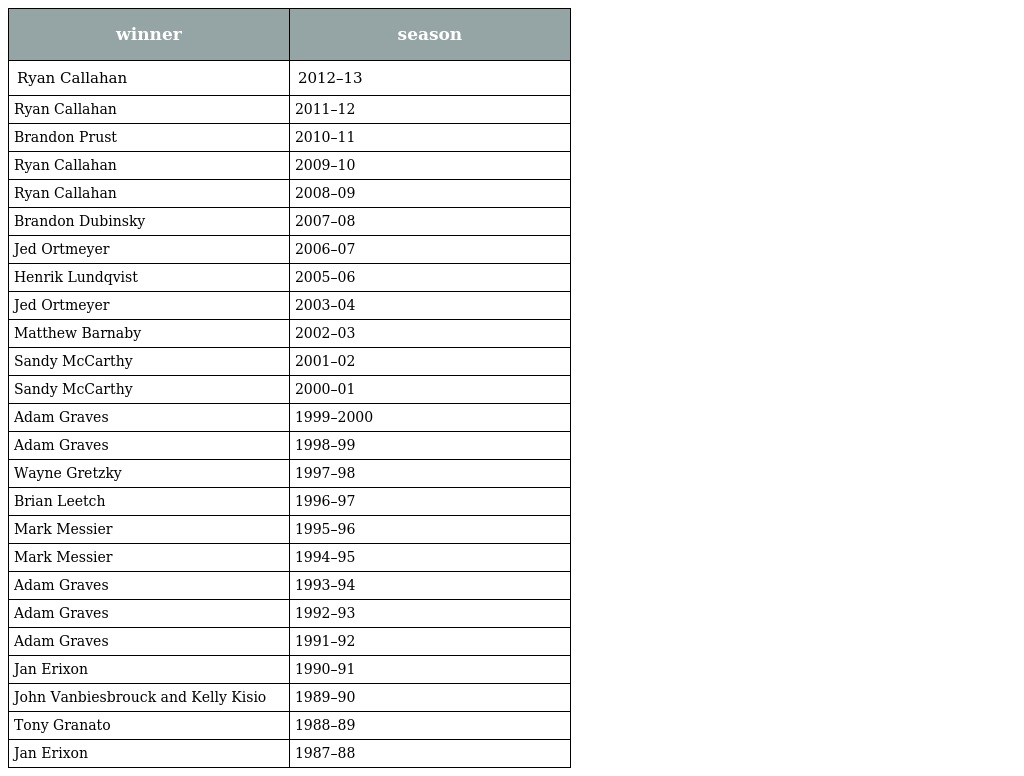
| winner | season |
 | --- | --- |
 | Ryan Callahan | 2012–13 |
 | Ryan Callahan | 2011–12 |
 | Brandon Prust | 2010–11 |
 | Ryan Callahan | 2009–10 |
 | Ryan Callahan | 2008–09 |
 | Brandon Dubinsky | 2007–08 |
 | Jed Ortmeyer | 2006–07 |
 | Henrik Lundqvist | 2005–06 |
 | Jed Ortmeyer | 2003–04 |
 | Matthew Barnaby | 2002–03 |
 | Sandy McCarthy | 2001–02 |
 | Sandy McCarthy | 2000–01 |
 | Adam Graves | 1999–2000 |
 | Adam Graves | 1998–99 |
 | Wayne Gretzky | 1997–98 |
 | Brian Leetch | 1996–97 |
 | Mark Messier | 1995–96 |
 | Mark Messier | 1994–95 |
 | Adam Graves | 1993–94 |
 | Adam Graves | 1992–93 |
 | Adam Graves | 1991–92 |
 | Jan Erixon | 1990–91 |
 | John Vanbiesbrouck and Kelly Kisio | 1989–90 |
 | Tony Granato | 1988–89 |
 | Jan Erixon | 1987–88 |